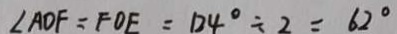
\angle A D F = F O E = 1 2 4 ^ { \circ } \div 2 = 6 2 ^ { \circ }